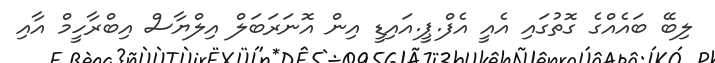
ލިބޭ ބައެއްގެ ގޮތުގައި އެއީ އެފް.ޕީ.އައިޑީ އިން އޮނަރަބަލް އިލްޔާސް އިބްރާހީމް އާއި